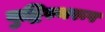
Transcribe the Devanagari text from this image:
बुद्धिस्थरूप